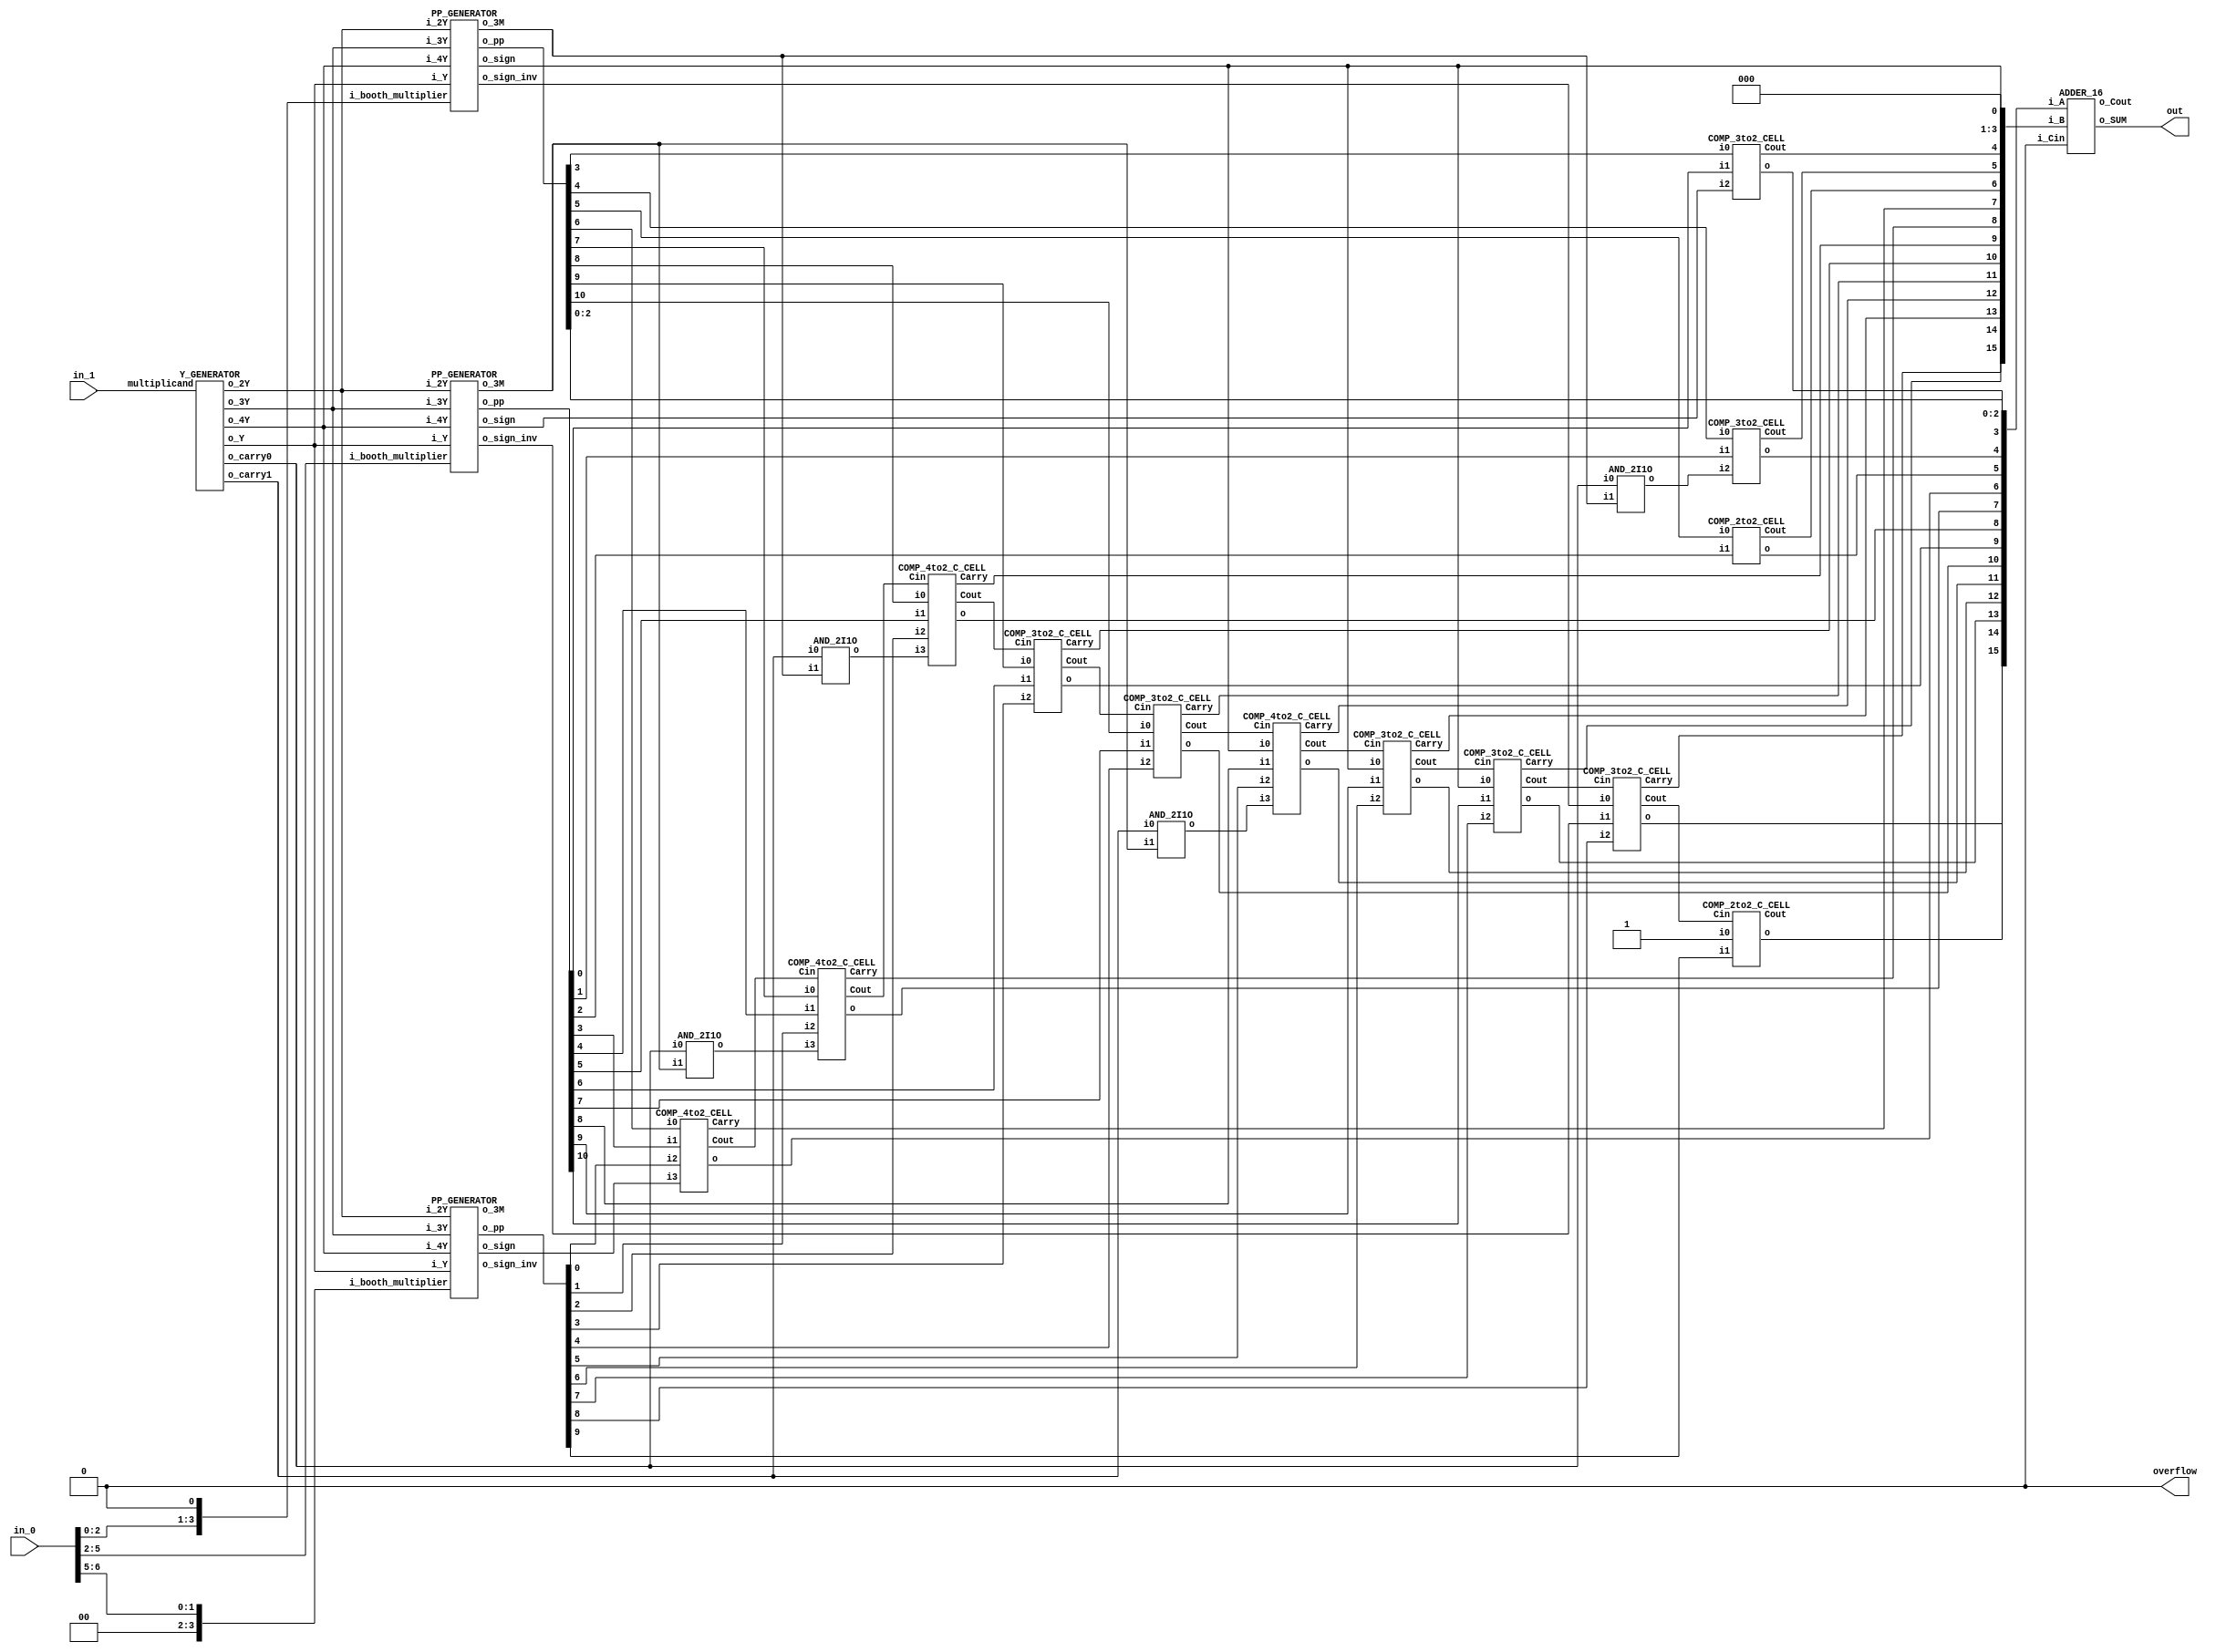
`timescale 1ns/100ps

module multiplier_16b (in_0, in_1, out, overflow);
	input [6:0] in_0;
	input [8:0] in_1;
	output [15:0] out;
	output overflow;

// Write netlists for your multiplier below using primitive logic gates given.

	wire [8:0] w_multiplicand = in_1;
	wire [6:0] w_multiplier = in_0;

	wire [10:0] w_Y, w_2Y, w_3Y, w_4Y;
	wire w_carry0, w_carry1;

	Y_GENERATOR u000(
		.multiplicand(w_multiplicand),
		
		.o_Y         (w_Y),
		.o_2Y        (w_2Y),
		.o_3Y        (w_3Y),
		.o_4Y        (w_4Y),
		
		.o_carry0    (w_carry0),
		.o_carry1    (w_carry1)
	);

	// Field 1
	wire w_carry0_F1, w_carry1_F1;
	wire [10:0] w_pp_F1;
	wire [15:0] w_pp_F1_result;
	wire w_sign_F1, w_sign_inv_F1, w_3M_F1;
	PP_GENERATOR u001 (
		.i_booth_multiplier({w_multiplier[2:0], 1'b0}),
		.i_Y               (w_Y),
		.i_2Y              (w_2Y),
		.i_3Y              (w_3Y),
		.i_4Y              (w_4Y),
		
		
		.o_pp              (w_pp_F1),
		
		.o_sign            (w_sign_F1),
		.o_sign_inv        (w_sign_inv_F1),
		.o_3M 			   (w_3M_F1)
	);

	assign w_pp_F1_result = {1'b0, w_sign_inv_F1, {3{w_sign_F1}}, w_pp_F1};
	AND_2I1O u002(.i0(w_carry0), .i1(w_3M_F1), .o(w_carry0_F1));
	AND_2I1O u003(.i0(w_carry1), .i1(w_3M_F1), .o(w_carry1_F1));

	// Field 2
	wire        w_carry0_F2, w_carry1_F2;
	wire [10:0] w_pp_F2;
	wire [15:0] w_pp_F2_result;
	wire w_sign_F2, w_sign_inv_F2, w_3M_F2;
	PP_GENERATOR u004 (
		.i_booth_multiplier(w_multiplier[5:2]),
		.i_Y               (w_Y),
		.i_2Y              (w_2Y),
		.i_3Y              (w_3Y),
		.i_4Y              (w_4Y),
		
		
		.o_pp              (w_pp_F2),
		
		.o_sign            (w_sign_F2),
		.o_sign_inv        (w_sign_inv_F2),
		.o_3M 			   (w_3M_F2)
	);

	assign w_pp_F2_result = {1'b1, w_sign_inv_F2, w_pp_F2, {3{1'b0}}};
	AND_2I1O u005(.i0(w_carry0), .i1(w_3M_F2), .o(w_carry0_F2));
	AND_2I1O u006(.i0(w_carry1), .i1(w_3M_F2), .o(w_carry1_F2));

	// Field 3
	wire w_carry0_F3, w_carry1_F3;
	wire [10:0] w_pp_F3;
	wire [15:0] w_pp_F3_result;
	wire w_sign_F3, w_sign_inv_F3, w_3M_F3;
	PP_GENERATOR u007 (
		.i_booth_multiplier({{2{1'b0}}, w_multiplier[6:5]}),
		.i_Y               (w_Y),
		.i_2Y              (w_2Y),
		.i_3Y              (w_3Y),
		.i_4Y              (w_4Y),
		
		
		.o_pp              (w_pp_F3),
		
		.o_sign            (w_sign_F3),
		.o_sign_inv        (w_sign_inv_F3),
		.o_3M 			   (w_3M_F3)
	);

	assign w_pp_F3_result = {w_pp_F3[9:0], {6{1'b0}}};
	AND_2I1O u008(.i0(w_carry0), .i1(w_3M_F3), .o(w_carry0_F3));
	AND_2I1O u009(.i0(w_carry1), .i1(w_3M_F3), .o(w_carry1_F3));

	// CSA
	wire [15:0]csa_in_0, csa_in_1;
	wire [15:6]w_csa_carry;

	assign csa_in_0[2:0] = w_pp_F1_result[2:0];
	assign csa_in_1[3:0] = {{3{1'b0}}, w_sign_F1};

	// COMP_3to2_CELL u004(.i0(), .i1(), .i2(), .o(), .Cout());
	COMP_3to2_CELL   u011(.i0(w_pp_F1_result[3]),  .i1(w_pp_F2_result[3]), 							 .i2(w_sign_F2), 		  				  .o(csa_in_0[3]),  .Cout (csa_in_1[4]));
	COMP_3to2_CELL   u012(.i0(w_pp_F1_result[4]),  .i1(w_pp_F2_result[4]), 							 .i2(w_carry0_F1), 						  .o(csa_in_0[4]),  .Cout (csa_in_1[5]));
	COMP_2to2_CELL   u013(.i0(w_pp_F1_result[5]),  .i1(w_pp_F2_result[5]), 							 									 	  .o(csa_in_0[5]),  .Cout (csa_in_1[6]));
	COMP_4to2_CELL   u014(.i0(w_pp_F1_result[6]),  .i1(w_pp_F2_result[6]),  .i2(w_pp_F3_result[6]),  .i3(w_sign_F3), 						  .o(csa_in_0[6]),  .Carry(csa_in_1[7]),  .Cout(w_csa_carry[6]));
	COMP_4to2_C_CELL u015(.i0(w_pp_F1_result[7]),  .i1(w_pp_F2_result[7]),  .i2(w_pp_F3_result[7]),  .i3(w_carry0_F2), .Cin(w_csa_carry[6]),  .o(csa_in_0[7]),  .Carry(csa_in_1[8]),  .Cout(w_csa_carry[7]));
	COMP_4to2_C_CELL u016(.i0(w_pp_F1_result[8]),  .i1(w_pp_F2_result[8]),  .i2(w_pp_F3_result[8]),  .i3(w_carry1_F1), .Cin(w_csa_carry[7]),  .o(csa_in_0[8]),  .Carry(csa_in_1[9]),  .Cout(w_csa_carry[8]));
	COMP_3to2_C_CELL u017(.i0(w_pp_F1_result[9]),  .i1(w_pp_F2_result[9]),  .i2(w_pp_F3_result[9]),    				   .Cin(w_csa_carry[8]),  .o(csa_in_0[9]),  .Carry(csa_in_1[10]), .Cout(w_csa_carry[9]));
	COMP_3to2_C_CELL u018(.i0(w_pp_F1_result[10]), .i1(w_pp_F2_result[10]), .i2(w_pp_F3_result[10]),   				   .Cin(w_csa_carry[9]),  .o(csa_in_0[10]), .Carry(csa_in_1[11]), .Cout(w_csa_carry[10]));
	COMP_4to2_C_CELL u019(.i0(w_pp_F1_result[11]), .i1(w_pp_F2_result[11]), .i2(w_pp_F3_result[11]), .i3(w_carry1_F2), .Cin(w_csa_carry[10]), .o(csa_in_0[11]), .Carry(csa_in_1[12]), .Cout(w_csa_carry[11]));
	COMP_3to2_C_CELL u020(.i0(w_pp_F1_result[12]), .i1(w_pp_F2_result[12]), .i2(w_pp_F3_result[12]), 				   .Cin(w_csa_carry[11]), .o(csa_in_0[12]), .Carry(csa_in_1[13]), .Cout(w_csa_carry[12]));
	COMP_3to2_C_CELL u021(.i0(w_pp_F1_result[13]), .i1(w_pp_F2_result[13]), .i2(w_pp_F3_result[13]), 				   .Cin(w_csa_carry[12]), .o(csa_in_0[13]), .Carry(csa_in_1[14]), .Cout(w_csa_carry[13]));
	COMP_3to2_C_CELL u022(.i0(w_pp_F1_result[14]), .i1(w_pp_F2_result[14]), .i2(w_pp_F3_result[14]), 				   .Cin(w_csa_carry[13]), .o(csa_in_0[14]), .Carry(csa_in_1[15]), .Cout(w_csa_carry[14]));
	COMP_2to2_C_CELL u023(						   .i0(w_pp_F2_result[15]), .i1(w_pp_F3_result[15]), 				   .Cin(w_csa_carry[14]), .o(csa_in_0[15]), 					  .Cout(w_csa_carry[15]));

	// CPA
	ADDER_16 u024(
    .i_A(csa_in_0),
    .i_B(csa_in_1),
    .i_Cin(1'b0),

    .o_SUM(out),
    .o_Cout() // no use
    );

	assign overflow = 1'b0;

endmodule









///////////////////////////////////////////////////////////////////////////////////
// Partial product generating modules

module PP_GENERATOR (
	input [3:0] i_booth_multiplier,
	input [10:0] i_Y,
	input [10:0] i_2Y,
	input [10:0] i_3Y,
	input [10:0] i_4Y,


	output [10:0] o_pp,

	output o_sign,
	output o_sign_inv,
	output o_3M
	);

	wire [3:0] w_booth_multiplie_inv;

	INV u000(.i(i_booth_multiplier[0]), .o(w_booth_multiplie_inv[0]));
	INV u001(.i(i_booth_multiplier[1]), .o(w_booth_multiplie_inv[1]));
	INV u002(.i(i_booth_multiplier[2]), .o(w_booth_multiplie_inv[2]));
	INV u003(.i(i_booth_multiplier[3]), .o(w_booth_multiplie_inv[3]));

	wire w_M;
	wire w_2M;
	wire w_3M;
	wire w_4M;
	wire w_sign;

	BOOTH_ENCODER u004 (
		.i_A    (i_booth_multiplier[3]),
		.i_B    (i_booth_multiplier[2]),
		.i_C    (i_booth_multiplier[1]),
		.i_D    (i_booth_multiplier[0]),
		
		.i_A_inv(w_booth_multiplie_inv[3]),
		.i_B_inv(w_booth_multiplie_inv[2]),
		.i_C_inv(w_booth_multiplie_inv[1]),
		.i_D_inv(w_booth_multiplie_inv[0]),
		
		.o_M    (w_M),
		.o_2M   (w_2M),
		.o_3M   (w_3M),
		.o_4M   (w_4M),
		
		.o_sign (w_sign)
	);

	assign o_sign = w_sign;
	assign o_3M = w_3M;
	INV u005(.i(w_sign), .o(o_sign_inv));

    genvar i;
    generate for (i = 0; i < 11; i = i + 1) begin
        BOOTH_SELECTOR u006 (
			.i_sign(w_sign),
			
			.i_M   (w_M),
			.i_2M  (w_2M),
			.i_3M  (w_3M),
			.i_4M  (w_4M),
			
			.i_Y   (i_Y[i]),
			.i_2Y  (i_2Y[i]),
			.i_3Y  (i_3Y[i]),
			.i_4Y  (i_4Y[i]),
			
			.o_pp  (o_pp[i])
		);
    end endgenerate

endmodule

module BOOTH_SELECTOR (
	input i_sign,

	input i_M,
	input i_2M,
	input i_3M,
	input i_4M,

	input i_Y,
	input i_2Y,
	input i_3Y,
	input i_4Y,
	
	output o_pp
	);

	wire [3:0]w;
	wire ww;

	NAND_2I1O   u000(.i0(i_M),  .i1(i_Y),  .o(w[0]));
	NAND_2I1O   u001(.i0(i_2M), .i1(i_2Y), .o(w[1]));
	NAND_2I1O   u002(.i0(i_3M), .i1(i_3Y), .o(w[2]));
	NAND_2I1O   u003(.i0(i_4M), .i1(i_4Y), .o(w[3]));

	NAND_4I1O   u004(.i0(w[0]), .i1(w[1]), .i2(w[2]), .i3(w[3]), .o(ww));

	XOR_2I1O_CELL u005(.i0(i_sign), .i1(ww), .o(o_pp));

endmodule

module BOOTH_ENCODER (
	input i_A,
	input i_B,
	input i_C,
	input i_D,

	input i_A_inv,
	input i_B_inv,
	input i_C_inv,
	input i_D_inv,

	output o_M,
	output o_2M,
	output o_3M,
	output o_4M,

	output o_sign
	);
	
	assign o_sign = i_A;

	// M
	wire [3:0] w_M;
	NAND_4I1O u000 (.i0(i_C_inv), .i1(i_D), .i2(i_A), .i3(i_B), .o(w_M[0]));
	NAND_4I1O u001 (.i0(i_C_inv), .i1(i_D), .i2(i_B_inv), .i3(i_A_inv), .o(w_M[1]));
	NAND_4I1O u002 (.i0(i_C), .i1(i_D_inv), .i2(i_A), .i3(i_B), .o(w_M[2]));
	NAND_4I1O u003 (.i0(i_C), .i1(i_D_inv), .i2(i_B_inv), .i3(i_A_inv), .o(w_M[3]));
	NAND_4I1O u004 (.i0(w_M[0]), .i1(w_M[1]), .i2(w_M[2]), .i3(w_M[3]), .o(o_M));

	// 2M
	wire [1:0] w_2M;
	NAND_3I1O u005 (.i0(i_B_inv), .i1(i_C), .i2(i_D), .o(w_2M[0]));
	NAND_3I1O u006 (.i0(i_B), .i1(i_C_inv), .i2(i_D_inv), .o(w_2M[1]));
	NAND_2I1O u009 (.i0(w_2M[0]), .i1(w_2M[1]), .o(o_2M));

	// 3M
	wire [3:0] w_3M;
	NAND_4I1O u010 (.i0(i_B_inv), .i1(i_A), .i2(i_C_inv), .i3(i_D), .o(w_3M[0]));
	NAND_4I1O u011 (.i0(i_B_inv), .i1(i_A), .i2(i_C), .i3(i_D_inv), .o(w_3M[1]));
	NAND_4I1O u012 (.i0(i_B), .i1(i_A_inv), .i2(i_C_inv), .i3(i_D), .o(w_3M[2]));
	NAND_4I1O u013 (.i0(i_B), .i1(i_A_inv), .i2(i_C), .i3(i_D_inv), .o(w_3M[3]));
	NAND_4I1O u014 (.i0(w_3M[0]), .i1(w_3M[1]), .i2(w_3M[2]), .i3(w_3M[3]), .o(o_3M));

	// 4M
	wire [1:0] w_4M;
	NAND_4I1O u015 (.i0(i_B_inv), .i1(i_A), .i2(i_D_inv), .i3(i_C_inv), .o(w_4M[0]));
	NAND_4I1O u016 (.i0(i_B), .i1(i_A_inv), .i2(i_C), .i3(i_D), .o(w_4M[1]));
	NAND_2I1O u017 (.i0(w_4M[0]), .i1(w_4M[1]), .o(o_4M));

endmodule


///////////////////////////////////////////////////////////////////////////////////
// Y_GENERATOR: Generate Y, 2Y, 3Y, 4Y

module Y_GENERATOR (
	input [8:0] multiplicand,

	output [10:0] o_Y,
	output [10:0] o_2Y,
	output [10:0] o_3Y,
	output [10:0] o_4Y,

	output o_carry0,
	output o_carry1
	);

	wire [8:0] w_1Y;
	wire [9:0] w_2Y;
	wire [10:0] w_3Y;
	wire [10:0] w_4Y;

	assign w_1Y = multiplicand;
	SHIFTER #(.SHIFT_IN_BIT(9), .SHIFT_NUM(1)) u000(.i(multiplicand), .o(w_2Y));
	MAKE_3Y u001(.i_Y(w_1Y), .i_2Y(w_2Y), .o_3Y(w_3Y), .o_carry0(o_carry0), .o_carry1(o_carry1));
	SHIFTER #(.SHIFT_IN_BIT(9), .SHIFT_NUM(2)) u002(.i(multiplicand), .o(w_4Y));

	assign o_Y  = {{2{1'b0}}, w_1Y};
	assign o_2Y = {1'b0, w_2Y};
	assign o_3Y = w_3Y;
	assign o_4Y = w_4Y;

endmodule

module MAKE_3Y (
	input [8:0] i_Y,
	input [9:0] i_2Y,

	output [10:0] o_3Y,
	output o_carry0,
	output o_carry1
	);

	ADDER_4 u000(.i_A(i_Y[3:0]), .i_B(i_2Y[3:0]), .o_SUM(o_3Y[3:0]), .o_Cout(o_carry0));
	ADDER_4 u001(.i_A(i_Y[7:4]), .i_B(i_2Y[7:4]), .o_SUM(o_3Y[7:4]), .o_Cout(o_carry1));
	ADDER_2 u002(.i_A({1'b0, i_Y[8]}), .i_B(i_2Y[9:8]), .o_SUM(o_3Y[9:8]), .o_Cout(o_3Y[10]));

endmodule

module SHIFTER #(
	parameter SHIFT_IN_BIT = 9,
	parameter SHIFT_NUM    = 1
	)(
	input  [            SHIFT_IN_BIT-1:0] i,
	output [(SHIFT_IN_BIT-1)+SHIFT_NUM:0] o
	);

	assign o = {i, {SHIFT_NUM{1'b0}}};

endmodule


///////////////////////////////////////////////////////////////////////////////////
// Adders

// 16bit KS Adder -----------------------------------------------------------------
module ADDER_16 (
    input [15:0] i_A,
    input [15:0] i_B,
    input i_Cin,

    output [15:0] o_SUM,
    output o_Cout
    );

    wire [15:0] w_G, w_P, w_GG;
    wire w_PP_15to0;

    BPG_16     u000(.i_A(i_A), .i_B(i_B), .o_G(w_G), .o_P(w_P));
    GPG_16     u001(.i_G(w_G), .i_P(w_P), .i_CIN(i_Cin), .o_GG(w_GG), .o_PP_15to0(w_PP_15to0));
    SUM_16     u002(.i_GG(w_GG), .i_P(w_P), .i_PP_15to_0(w_PP_15to0), .i_CIN(i_Cin), .o_S(o_SUM), .o_COUT(o_Cout));

endmodule

module BPG_16 (
    input [15:0]    i_A, i_B,

    output [15:0]   o_G, o_P
    );

    genvar i;
    generate for (i = 0; i < 16; i = i + 1) begin
        GEN_PROP_CELL   u000(.i_A(i_A[i]), .i_B(i_B[i]), .o_G(o_G[i]), .o_P(o_P[i]));
    end endgenerate

endmodule

module GPG_16 (
    input [15:0]    i_G, i_P,
    input           i_CIN,

    output [15:0]   o_GG,
    output          o_PP_15to0
    );

    wire [15:0] w_GG_S1;
    wire [15:3] w_PP_S1;

    // STAGE 1
    GRAY_CELL   u000(.i_Ga(i_G[0]), .i_Pa(i_P[0]), .i_Gb(i_CIN), .o_Y(w_GG_S1[0]));
    HVAL_G_3I_CELL   u001(.i_Ga(i_G[1]), .i_Pa(i_P[1]), .i_Gb(i_G[0]), .i_Pb(i_P[0]), .i_Gc(i_CIN), .o_Ga2c(w_GG_S1[1]));
    HVAL_G_4I_CELL   u002(.i_Ga(i_G[2]), .i_Pa(i_P[2]), .i_Gb(i_G[1]), .i_Pb(i_P[1]), .i_Gc(i_G[0]), .i_Pc(i_P[0]), .i_Gd(i_CIN), .o_Ga2d(w_GG_S1[2]));

    genvar i;
    generate for (i = 3; i < 16; i = i + 1) begin
        HVAL_B_4I_CELL   u003(.i_Ga(i_G[i]), .i_Pa(i_P[i]), .i_Gb(i_G[i-1]), .i_Pb(i_P[i-1]), .i_Gc(i_G[i-2]), .i_Pc(i_P[i-2]), .i_Gd(i_G[i-3]), .i_Pd(i_P[i-3]), .o_Ga2d(w_GG_S1[i]), .o_Pa2d(w_PP_S1[i]));
    end endgenerate

    // STAGE 2
    assign o_GG[2:0] = w_GG_S1[2:0];

    GRAY_CELL u004 (.i_Ga(w_GG_S1[3]), .i_Pa(w_PP_S1[3]), .i_Gb(i_CIN), .o_Y(o_GG[3]));
    GRAY_CELL u005 (.i_Ga(w_GG_S1[4]), .i_Pa(w_PP_S1[4]), .i_Gb(w_GG_S1[0]), .o_Y(o_GG[4]));
    GRAY_CELL u006 (.i_Ga(w_GG_S1[5]), .i_Pa(w_PP_S1[5]), .i_Gb(w_GG_S1[1]), .o_Y(o_GG[5]));
    GRAY_CELL u007 (.i_Ga(w_GG_S1[6]), .i_Pa(w_PP_S1[6]), .i_Gb(w_GG_S1[2]), .o_Y(o_GG[6]));

    HVAL_G_3I_CELL u008 (.i_Ga(w_GG_S1[7]), .i_Pa(w_PP_S1[7]), .i_Gb(w_GG_S1[3]), .i_Pb(w_PP_S1[3]), .i_Gc(i_CIN), .o_Ga2c(o_GG[7]));
    HVAL_G_3I_CELL u009 (.i_Ga(w_GG_S1[8]), .i_Pa(w_PP_S1[8]), .i_Gb(w_GG_S1[4]), .i_Pb(w_PP_S1[4]), .i_Gc(w_GG_S1[0]), .o_Ga2c(o_GG[8]));
    HVAL_G_3I_CELL u010 (.i_Ga(w_GG_S1[9]), .i_Pa(w_PP_S1[9]), .i_Gb(w_GG_S1[5]), .i_Pb(w_PP_S1[5]), .i_Gc(w_GG_S1[1]), .o_Ga2c(o_GG[9]));
    HVAL_G_3I_CELL u011 (.i_Ga(w_GG_S1[10]), .i_Pa(w_PP_S1[10]), .i_Gb(w_GG_S1[6]), .i_Pb(w_PP_S1[6]), .i_Gc(w_GG_S1[2]), .o_Ga2c(o_GG[10]));

    HVAL_G_4I_CELL u012 (.i_Ga(w_GG_S1[11]), .i_Pa(w_PP_S1[11]), .i_Gb(w_GG_S1[7]), .i_Pb(w_PP_S1[7]), .i_Gc(w_GG_S1[3]), .i_Pc(w_PP_S1[3]), .i_Gd(i_CIN), .o_Ga2d(o_GG[11]));
    HVAL_G_4I_CELL u013 (.i_Ga(w_GG_S1[12]), .i_Pa(w_PP_S1[12]), .i_Gb(w_GG_S1[8]), .i_Pb(w_PP_S1[8]), .i_Gc(w_GG_S1[4]), .i_Pc(w_PP_S1[4]), .i_Gd(w_GG_S1[0]), .o_Ga2d(o_GG[12]));
    HVAL_G_4I_CELL u014 (.i_Ga(w_GG_S1[13]), .i_Pa(w_PP_S1[13]), .i_Gb(w_GG_S1[9]), .i_Pb(w_PP_S1[9]), .i_Gc(w_GG_S1[5]), .i_Pc(w_PP_S1[5]), .i_Gd(w_GG_S1[1]), .o_Ga2d(o_GG[13]));
    HVAL_G_4I_CELL u015 (.i_Ga(w_GG_S1[14]), .i_Pa(w_PP_S1[14]), .i_Gb(w_GG_S1[10]), .i_Pb(w_PP_S1[10]), .i_Gc(w_GG_S1[6]), .i_Pc(w_PP_S1[6]), .i_Gd(w_GG_S1[2]), .o_Ga2d(o_GG[14]));

    HVAL_B_4I_CELL u016 (.i_Ga(w_GG_S1[15]), .i_Pa(w_PP_S1[15]), .i_Gb(w_GG_S1[11]), .i_Pb(w_PP_S1[11]), .i_Gc(w_GG_S1[7]), .i_Pc(w_PP_S1[7]), .i_Gd(w_GG_S1[3]), .i_Pd(w_PP_S1[3]), .o_Ga2d(o_GG[15]), .o_Pa2d(o_PP_15to0));

endmodule

module SUM_16 (
    input [15:0]    i_GG,
    input [15:0]    i_P,
    input           i_PP_15to_0,
    input           i_CIN,

    output [15:0]   o_S,
    output          o_COUT
    );
    
    wire [15:0] new_GG = {i_GG[14:0], i_CIN};

    genvar i;
    generate for (i = 0; i < 16; i = i + 1) begin
       XOR_2I1O_CELL u000(.i0(i_P[i]), .i1(new_GG[i]), .o(o_S[i]));
    end endgenerate

    GRAY_CELL   u001(.i_Ga(i_GG[15]), .i_Pa(i_PP_15to_0), .i_Gb(i_CIN), .o_Y(o_COUT));

endmodule

// 4bit KS Adder(no Cin) ----------------------------------------------------------
module ADDER_4 (
    input [3:0] i_A,
    input [3:0] i_B,

    output [3:0] o_SUM,
    output o_Cout
    );

    wire [3:0] w_G, w_P, w_GG;

    BPG_4     u000(.i_A(i_A), .i_B(i_B), .o_G(w_G), .o_P(w_P));
    GPG_4     u001(.i_G(w_G), .i_P(w_P), .o_GG(w_GG));
    SUM_4     u002(.i_GG(w_GG), .i_P(w_P), .o_S(o_SUM), .o_Cout(o_Cout));

endmodule

module BPG_4 (
    input [3:0]    i_A, i_B,

    output [3:0]   o_G, o_P
    );

    genvar i;
    generate for (i = 0; i < 4; i = i + 1) begin
        GEN_PROP_CELL   u000(.i_A(i_A[i]), .i_B(i_B[i]), .o_G(o_G[i]), .o_P(o_P[i]));
    end endgenerate

endmodule

module GPG_4 (
    input [3:0]    i_G, i_P,

    output [3:0]   o_GG
    );

	assign o_GG[0] = i_G[0];
	GRAY_CELL u000(.i_Ga(i_G[1]), .i_Pa(i_P[1]), .i_Gb(i_G[0]), .o_Y(o_GG[1]));
	HVAL_G_3I_CELL u001(.i_Ga(i_G[2]), .i_Pa(i_P[2]), .i_Gb(i_G[1]), .i_Pb(i_P[1]), .i_Gc(i_G[0]), .o_Ga2c(o_GG[2]));
	HVAL_G_4I_CELL u002(.i_Ga(i_G[3]), .i_Pa  (i_P[3]), .i_Gb(i_G[2]), .i_Pb(i_P[2]), .i_Gc(i_G[1]), .i_Pc(i_P[1]), 
						.i_Gd(i_G[0]), .o_Ga2d(o_GG[3]));

endmodule

module SUM_4 (
    input [3:0]    i_GG,
    input [3:0]    i_P,

    output [3:0]   o_S,
    output         o_Cout
    );
    
	assign o_S[0] = i_P[0];
	XOR_2I1O_CELL u000(.i0(i_P[1]), .i1(i_GG[0]), .o(o_S[1]));
	XOR_2I1O_CELL u001(.i0(i_P[2]), .i1(i_GG[1]), .o(o_S[2]));
	XOR_2I1O_CELL u002(.i0(i_P[3]), .i1(i_GG[2]), .o(o_S[3]));
	assign o_Cout = i_GG[3];

endmodule


// 2bit KS Adder(no Cin) ----------------------------------------------------------
module ADDER_2 (
    input [1:0] i_A,
    input [1:0] i_B,

    output [1:0] o_SUM,
    output o_Cout
    );

    wire [1:0] w_G, w_P, w_GG;

    // BPG
    genvar i;
    generate for (i = 0; i < 2; i = i + 1) begin
        GEN_PROP_CELL   u000(.i_A(i_A[i]), .i_B(i_B[i]), .o_G(w_G[i]), .o_P(w_P[i]));
    end endgenerate

    // GPG
    assign w_GG[0] = w_G[0];
	GRAY_CELL u001(.i_Ga(w_G[1]), .i_Pa(w_P[1]), .i_Gb(w_G[0]), .o_Y(w_GG[1]));

	// SUM
	assign o_SUM[0] = w_P[0];
	XOR_2I1O_CELL u002(.i0(w_P[1]), .i1(w_GG[0]), .o(o_SUM[1]));
	assign o_Cout = w_GG[1];

endmodule


///////////////////////////////////////////////////////////////////////////////////
// Cells
module GRAY_CELL (
        input i_Ga, i_Pa,
        input i_Gb,

        output o_Y
    );

    wire w0, w1;

    INV         u000(.i(i_Ga), .o(w0));
    NAND_2I1O   u001(.i0(i_Pa), .i1(i_Gb), .o(w1));
    NAND_2I1O   u002(.i0(w0), .i1(w1), .o(o_Y));

endmodule

module GEN_PROP_CELL (
        input i_A,
        input i_B,

        output o_G,
        output o_P
    );

    wire w0, w1, w2;

    NAND_2I1O   u000(.i0(i_A), .i1(i_B), .o(w0));

    NAND_2I1O   u001(.i0(i_A), .i1(w0), .o(w1));
    NAND_2I1O   u002(.i0(i_B), .i1(w0), .o(w2));

    NAND_2I1O   u003(.i0(w1), .i1(w2), .o(o_P));

    INV         u004(.i(w0), .o(o_G));

endmodule

module HVAL_G_3I_CELL (
        input i_Ga, i_Pa,
        input i_Gb, i_Pb,
        input i_Gc,

        output o_Ga2c
    );

    wire w0, w1, w2;

    NAND_3I1O   u000(.i0(i_Pa), .i1(i_Pb), .i2(i_Gc), .o(w0));
    NAND_2I1O   u001(.i0(i_Pa), .i1(i_Gb), .o(w1));
    INV         u002(.i(i_Ga), .o(w2));

    NAND_3I1O   u003(.i0(w0), .i1(w1), .i2(w2), .o(o_Ga2c));

endmodule

module HVAL_G_4I_CELL (
        input i_Ga, i_Pa,
        input i_Gb, i_Pb,
        input i_Gc, i_Pc,
        input i_Gd,

        output o_Ga2d
    );

    wire w0, w1, w2, w3;

    NAND_4I1O   u000(.i0(i_Pa), .i1(i_Pb), .i2(i_Pc), .i3(i_Gd), .o(w0));
    NAND_3I1O   u001(.i0(i_Pa), .i1(i_Pb), .i2(i_Gc), .o(w1));
    NAND_2I1O   u002(.i0(i_Pa), .i1(i_Gb), .o(w2));
    INV         u003(.i(i_Ga), .o(w3));

    NAND_4I1O   u004(.i0(w0), .i1(w1), .i2(w2), .i3(w3), .o(o_Ga2d));

endmodule

module HVAL_B_4I_CELL (
        input i_Ga, i_Pa,
        input i_Gb, i_Pb,
        input i_Gc, i_Pc,
        input i_Gd, i_Pd,

        output o_Ga2d, o_Pa2d
    );

    wire w0;

    HVAL_G_4I_CELL   u000(.i_Ga(i_Ga), .i_Pa(i_Pa), .i_Gb(i_Gb), .i_Pb(i_Pb), .i_Gc(i_Gc), .i_Pc(i_Pc), .i_Gd(i_Gd), .o_Ga2d(o_Ga2d));

    NAND_4I1O   u001(.i0(i_Pa), .i1(i_Pb), .i2(i_Pc), .i3(i_Pd), .o(w0));
    INV         u002(.i(w0), .o(o_Pa2d));

endmodule

module COMP_4to2_C_CELL (
    input i0,
    input i1,
    input i2,
    input i3,
    input Cin,

    output o,
    output Cout,
    output Carry
	);

	wire w0;

	XOR_3I1O_CELL u000(.i0(i0), .i1(i1), .i2(i2), .o(w0));
	MAJ_3I1O_CELL u001(.i0(i0), .i1(i1), .i2(i2), .o(Cout));

	XOR_3I1O_CELL u002(.i0(w0), .i1(i3), .i2(Cin), .o(o));
	MAJ_3I1O_CELL u003(.i0(w0), .i1(i3), .i2(Cin), .o(Carry));

endmodule

module COMP_4to2_CELL (
    input i0,
    input i1,
    input i2,
    input i3,

    output o,
    output Cout,
    output Carry
	);

	wire w0;

	XOR_3I1O_CELL u000(.i0(i0), .i1(i1), .i2(i2), .o(w0));
	MAJ_3I1O_CELL u001(.i0(i0), .i1(i1), .i2(i2), .o(Cout));

	XOR_2I1O_CELL u002(.i0(w0), .i1(i3), .o(o));
	MAJ_2I1O_CELL u003(.i0(w0), .i1(i3), .o(Carry));

endmodule

module COMP_3to2_C_CELL (
    input i0,
    input i1,
    input i2,
    input Cin,

    output o,
    output Cout,
    output Carry
	);

	wire w0;

	XOR_3I1O_CELL u000(.i0(i0), .i1(i1), .i2(i2), .o(w0));
	MAJ_3I1O_CELL u001(.i0(i0), .i1(i1), .i2(i2), .o(Cout));

	XOR_2I1O_CELL u002(.i0(w0), .i1(Cin), .o(o));
	MAJ_2I1O_CELL u003(.i0(w0), .i1(Cin), .o(Carry));

endmodule

module COMP_3to2_CELL (
    input i0,
    input i1,
    input i2,

    output o,
    output Cout
	);

	wire w0;

	XOR_3I1O_CELL u000(.i0(i0), .i1(i1), .i2(i2), .o(o));
	MAJ_3I1O_CELL u001(.i0(i0), .i1(i1), .i2(i2), .o(Cout));

endmodule

module COMP_2to2_C_CELL (
    input i0,
    input i1,
    input Cin,

    output o,
    output Cout
	);

	wire w0;

	XOR_3I1O_CELL u000(.i0(i0), .i1(i1), .i2(Cin), .o(o));
	MAJ_3I1O_CELL u001(.i0(i0), .i1(i1), .i2(Cin), .o(Cout));

endmodule

module COMP_2to2_CELL (
    input i0,
    input i1,

    output o,
    output Cout
	);

	wire w0;

	XOR_2I1O_CELL u000(.i0(i0), .i1(i1), .o(o));
	MAJ_2I1O_CELL u001(.i0(i0), .i1(i1), .o(Cout));

endmodule

module MAJ_3I1O_CELL (
	input i0,
	input i1,
	input i2,

	output o
	);

	wire [2:0]w;

	NAND_2I1O   u000(.i0(i0), .i1(i1), .o(w[0]));
	NAND_2I1O   u001(.i0(i1), .i1(i2), .o(w[1]));
	NAND_2I1O   u002(.i0(i0), .i1(i2), .o(w[2]));

	NAND_3I1O   u003(.i0(w[0]), .i1(w[1]), .i2(w[2]), .o(o));

endmodule

module MAJ_2I1O_CELL (
	input i0,
	input i1,

	output o
	);

	AND_2I1O   u000(.i0(i0), .i1(i1), .o(o));

endmodule

module XOR_3I1O_CELL (
	input i0,
	input i1,
	input i2,

	output o
    );

	wire i0_inv, i1_inv, i2_inv;
	wire [3:0] w;

    INV			u000(.i(i0), .o(i0_inv));
    INV			u001(.i(i1), .o(i1_inv));
	INV			u002(.i(i2), .o(i2_inv));

	NAND_3I1O   u003(.i0(i0), .i1(i1), .i2(i2), .o(w[0]));
	NAND_3I1O   u004(.i0(i0_inv), .i1(i1_inv), .i2(i2), .o(w[1]));
	NAND_3I1O   u005(.i0(i0_inv), .i1(i1), .i2(i2_inv), .o(w[2]));
	NAND_3I1O   u006(.i0(i0), .i1(i1_inv), .i2(i2_inv), .o(w[3]));

	NAND_4I1O   u007(.i0(w[0]), .i1(w[1]), .i2(w[2]), .i3(w[3]), .o(o));

endmodule

module XOR_2I1O_CELL (
        input i0,
        input i1,
        output o
    );

    wire i0_inv, i1_inv, w0, w1;

    INV			u000(.i(i0), .o(i0_inv));
    INV			u001(.i(i1), .o(i1_inv));

    NAND_2I1O   u002(.i0(i0), .i1(i1_inv), .o(w0));
    NAND_2I1O   u003(.i0(i1), .i1(i0_inv), .o(w1));

    NAND_2I1O   u004(.i0(w0), .i1(w1), .o(o));

endmodule

module AND_2I1O (
	input i0,
	input i1,

	output o
	);

	wire w0;
	NAND_2I1O   u000(.i0(i0), .i1(i1), .o(w0));
	INV 		u001(.i(w0), .o(o));

endmodule


///////////////////////////////////////////////////////////////////////////////////
// Don't modify the following primitive logic gates

module NAND_2I1O (i0, i1, o);
input i0;
input i1;
output o;

assign #(0.1, 0.2) o = ~(i0 & i1);

endmodule

module NAND_3I1O (i0, i1, i2, o);
input i0;
input i1;
input i2;
output o;

assign #(0.1, 0.3) o = ~(i0 & i1 & i2);

endmodule

module NAND_4I1O (i0, i1, i2, i3, o);
input i0;
input i1;
input i2;
input i3;
output o;

assign #(0.1, 0.4) o = ~(i0 & i1 & i2 & i3);

endmodule

module NOR_2I1O (i0, i1, o);
input i0;
input i1;
output o;

assign #(0.2, 0.1) o = ~(i0 | i1);

endmodule

module NOR_3I1O (i0, i1, i2, o);
input i0;
input i1;
input i2;
output o;

assign #(0.3, 0.1) o = ~(i0 | i1 | i2);

endmodule

module NOR_4I1O (i0, i1, i2, i3, o);
input i0;
input i1;
input i2;
input i3;
output o;

assign #(0.4, 0.1) o = ~(i0 | i1 | i2 | i3);

endmodule


module INV (i, o);
input i;
output o;

assign #(0.1, 0.1) o = ~i;

endmodule